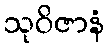
သုဝိဇာနံ